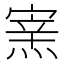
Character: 𤌊